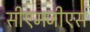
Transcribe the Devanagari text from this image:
सीएमजीएस